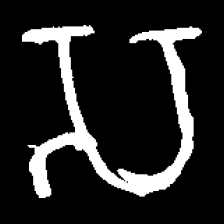
Pyu character \u2014 Myanmar letter: သ (romanized: sa)